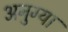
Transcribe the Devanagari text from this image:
अनुग्या